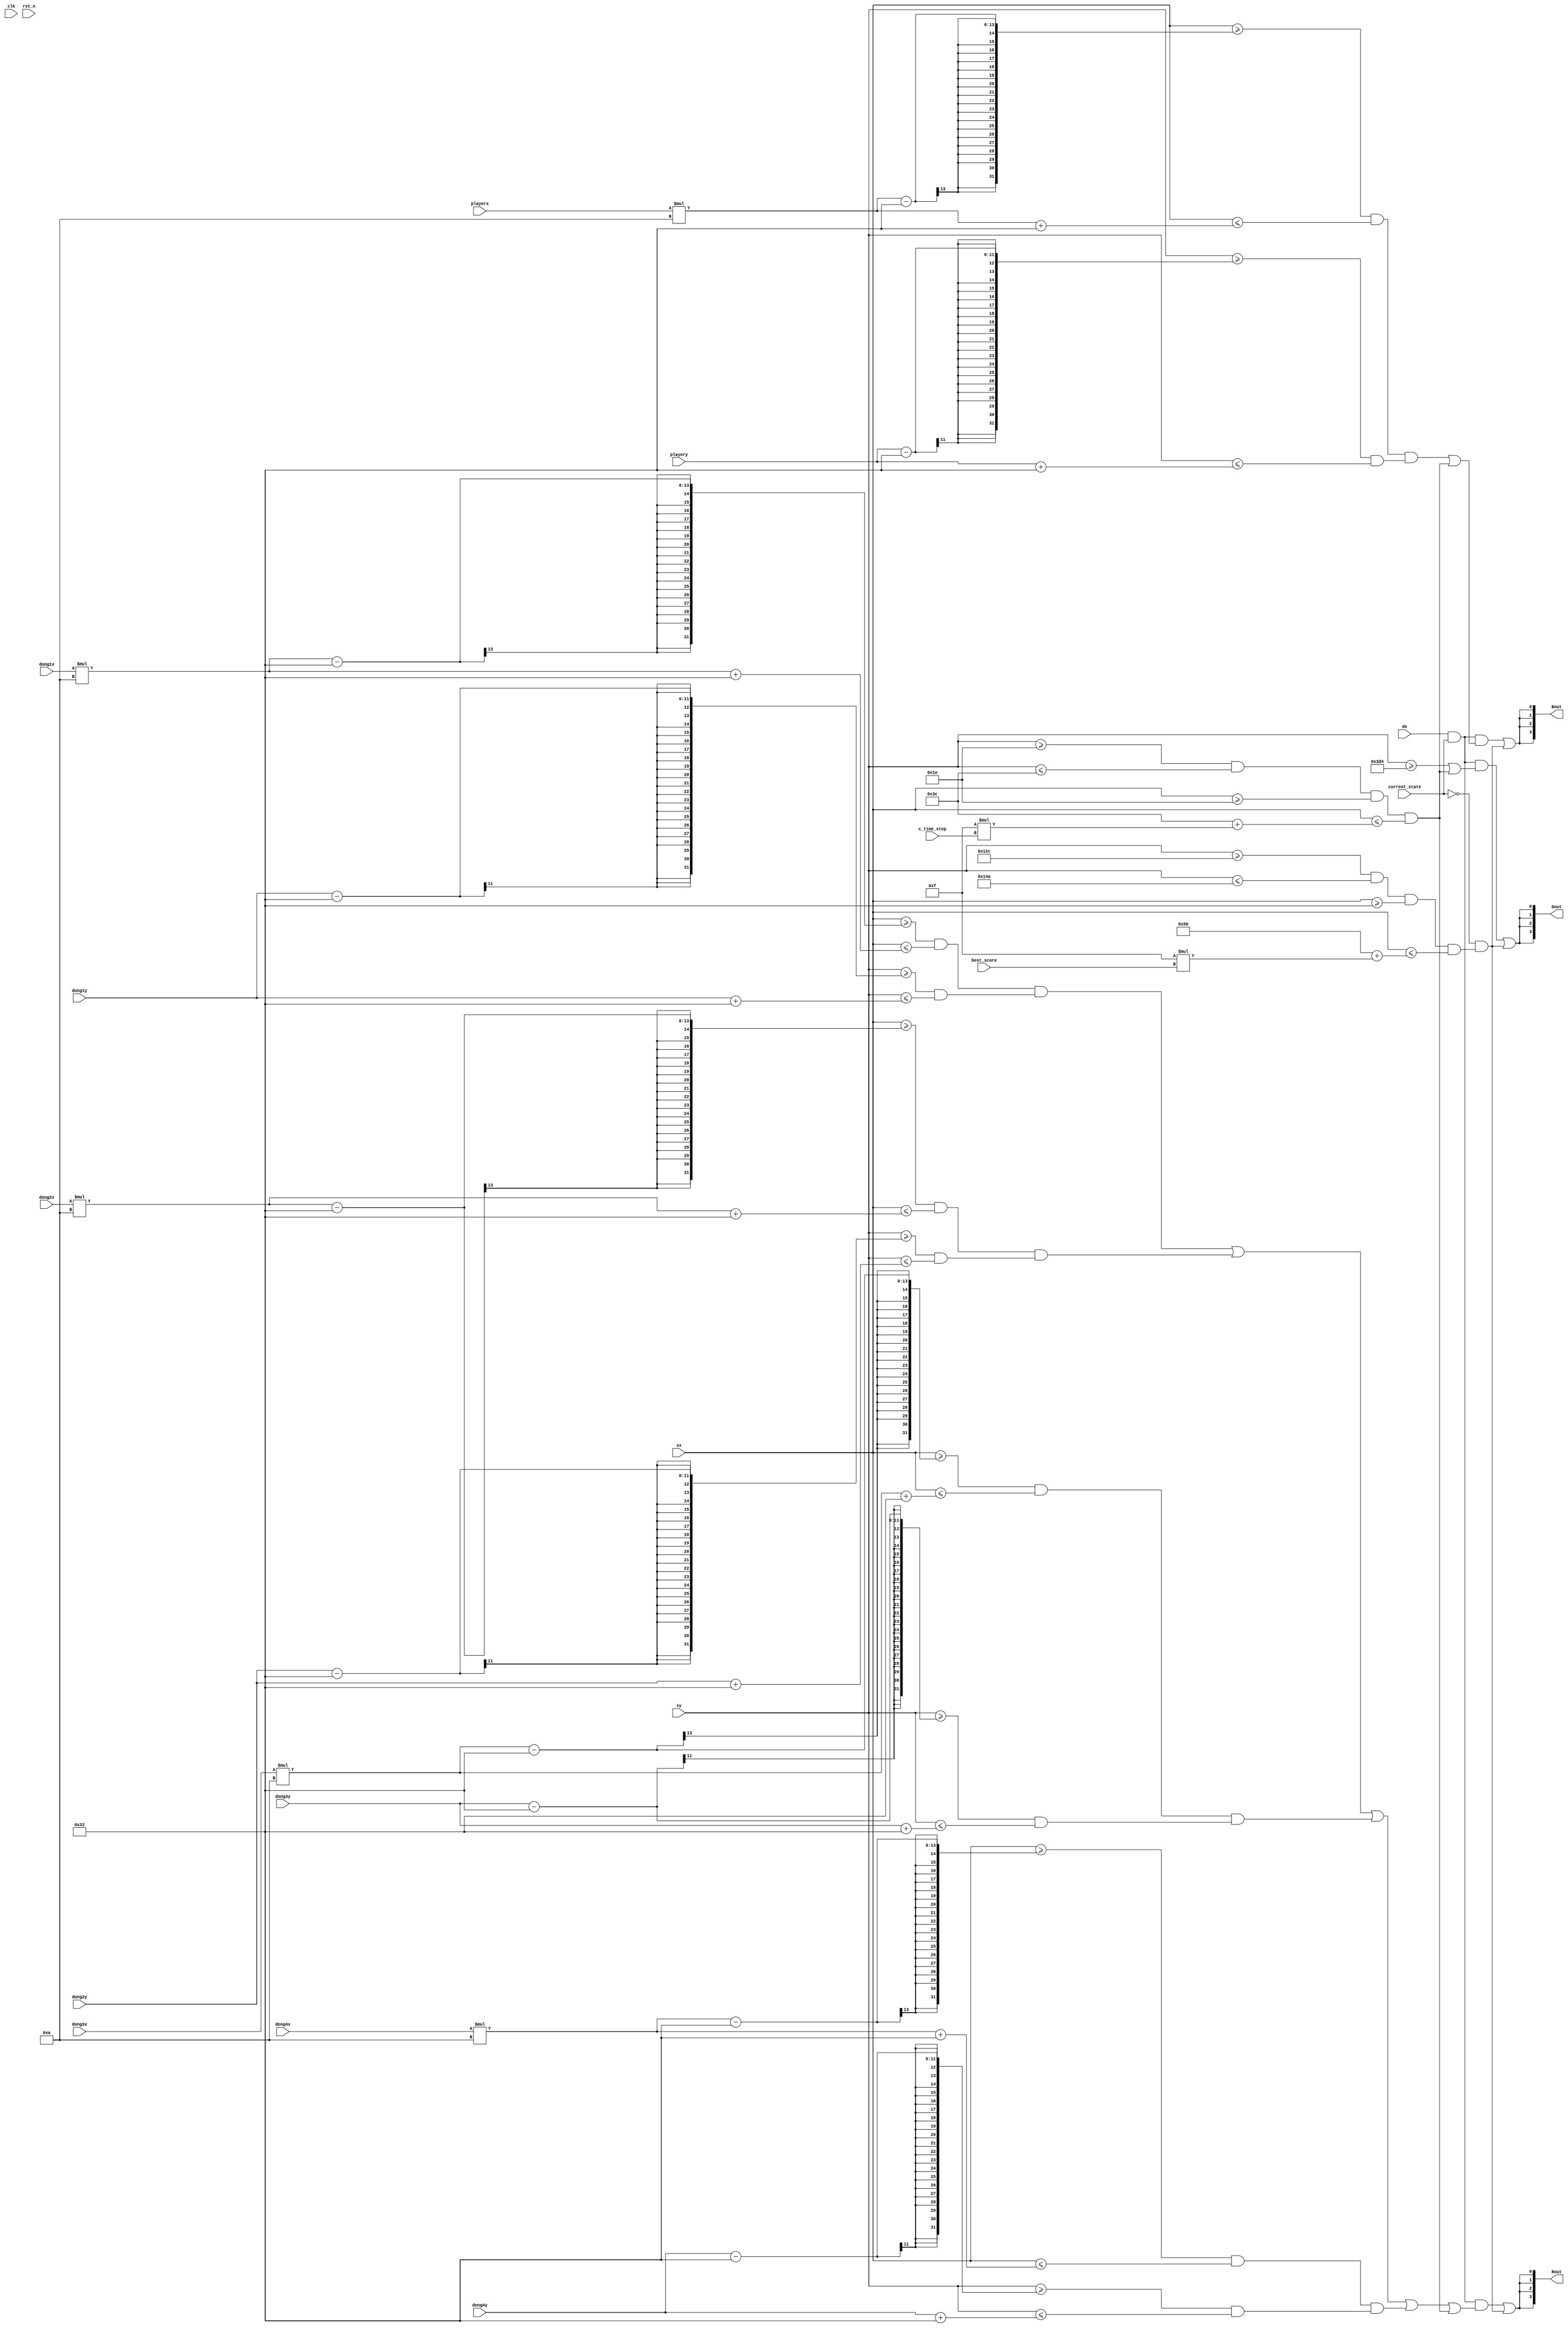
module screen_ctrl(
    input clk,
    input rst_n,
    input current_state,
    input [x_width1-1:0] dong1x,
    input [y_width1-1:0] dong1y,
    input [x_width1-1:0] dong2x,
    input [y_width1-1:0] dong2y,
    input [x_width1-1:0] dong3x,
    input [y_width1-1:0] dong3y,
    input [x_width1-1:0] dong4x,
    input [y_width1-1:0] dong4y,
    input [x_width1-1:0] playerx,
    input [y_width1-1:0] playery,
    input [x_width-1:0] sx,  
    input [y_width-1:0] sy, 
    input de,
    input [7:0] c_time_step,
    input [7:0] best_score,
    output wire [3:0] Rout,
    output wire [3:0] Gout,
    output wire [3:0] Bout
    );
    reg [x_width-1:0] posx;
    reg [y_width-1:0] posy;
    parameter total_pixel=1920;
    parameter total_line=1080;
    parameter box_size = 350;
    parameter x_width = $clog2(Total_Pixels-1);
    parameter y_width = $clog2(Total_Lines-1);
    parameter Total_Pixels=2200;
    parameter Total_Lines=1125;
    parameter strt_pntx = total_pixel/2-box_size/2-1;
    parameter strt_pnty = total_line/2-box_size/2-1;
    parameter end_pntx = total_pixel-box_size-1-10;
    parameter end_pnty = total_line-box_size-1-10;
    
    
    parameter dong_x = 50;
    parameter dong_y = 50;
    parameter human_x = 50;
    parameter human_y = 50;
    parameter Active_PixelsLow =  192;
    parameter Active_LinesLow= 1080;
    parameter x_width1 = $clog2(Active_PixelsLow*2);
    parameter y_width1 = $clog2(Active_LinesLow);
    
    
//    always@(posedge clk)begin
//        hsout<=hsync;
//        vsout<=vsync;
//    end
    wire dongon1, dongon2, dongon3,dongon4, dongon;
    wire playeron;
    wire groundon;
    wire scoreon;
    wire bscoreon;
    
    assign dongon1 = ((sx>=dong1x*10-dong_x)&&(sx<=dong1x*10+dong_x))&&((sy>=dong1y-dong_y)&&(sy<=dong1y+dong_y));
    assign dongon2 = ((sx>=dong2x*10-dong_x)&&(sx<=dong2x*10+dong_x))&&((sy>=dong2y-dong_y)&&(sy<=dong2y+dong_y));
    assign dongon3 = ((sx>=dong3x*10-dong_x)&&(sx<=dong3x*10+dong_x))&&((sy>=dong3y-dong_y)&&(sy<=dong3y+dong_y));
    assign dongon4 = ((sx>=dong4x*10-dong_x)&&(sx<=dong4x*10+dong_x))&&((sy>=dong4y-dong_y)&&(sy<=dong4y+dong_y));
    
    assign dongon = dongon1||dongon2||dongon3||dongon4;
    
    assign playeron = ((sx>=playerx*10-human_x)&&(sx<=playerx*10+human_x))&&((sy>=playery-human_y)&&(sy<=playery+human_y));
    
    assign groundon = (sy>=980);
    
    assign scoreon = (sy>=30&&sy<=60&&sx>=30&&sx<=60+15*(c_time_step));
    
    assign bscoreon = (sy>=300&&sy<=330&&sx>=50&&sx<=80+15*(best_score));

//    assign Rout[0]=(de&&dongon);
//    assign Rout[1]=(de&&dongon);
//    assign Rout[2]=(de&&dongon);
//    assign Rout[3]=(de&&dongon);
    
//    assign Gout[0]=(de&&playeron);
//    assign Gout[1]=(de&&playeron);
//    assign Gout[2]=(de&&playeron);
//    assign Gout[3]=(de&&playeron);
    
//    assign Bout[0]=(de&&groundon);
//    assign Bout[1]=(de&&groundon);
//    assign Bout[2]=(de&&groundon);
//    assign Bout[3]=(de&&groundon);
    
    
    assign Rout[0]=(de&&current_state&&(dongon||scoreon))||(!current_state&&bscoreon);
    assign Rout[1]=(de&&current_state&&(dongon||scoreon))||(!current_state&&bscoreon);
    assign Rout[2]=(de&&current_state&&(dongon||scoreon))||(!current_state&&bscoreon);
    assign Rout[3]=(de&&current_state&&(dongon||scoreon))||(!current_state&&bscoreon);
    
    assign Bout[0]=(de&&current_state&&(playeron||scoreon))||(!current_state&&bscoreon);
    assign Bout[1]=(de&&current_state&&(playeron||scoreon))||(!current_state&&bscoreon);
    assign Bout[2]=(de&&current_state&&(playeron||scoreon))||(!current_state&&bscoreon);
    assign Bout[3]=(de&&current_state&&(playeron||scoreon))||(!current_state&&bscoreon);
    
    assign Gout[0]=(de&&current_state&&(groundon||scoreon))||(!current_state&&bscoreon);
    assign Gout[1]=(de&&current_state&&(groundon||scoreon))||(!current_state&&bscoreon);
    assign Gout[2]=(de&&current_state&&(groundon||scoreon))||(!current_state&&bscoreon);
    assign Gout[3]=(de&&current_state&&(groundon||scoreon))||(!current_state&&bscoreon);
    
endmodule